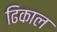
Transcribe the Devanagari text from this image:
ढिकाल